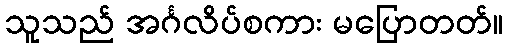
သူသည် အင်္ဂလိပ်စကား မပြောတတ်။